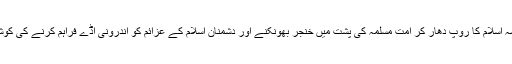
اس نے ہمیشہ اسلام کا روپ دھار کر امت مسلمہ کی پشت میں خنجر بھونکنے اور دشمنان اسلام کے عزائم کو اندرونی اڈے فراہم کرنے کی کوشش کی ہے۔